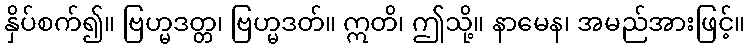
နှိပ်စက်၍။ ဗြဟ္မဒတ္တ၊ ဗြဟ္မဒတ်။ ဣတိ၊ ဤသို့။ နာမေန၊ အမည်အားဖြင့်။